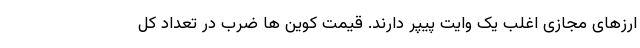
ارزهای مجازی اغلب یک وایت پیپر دارند. قیمت کوین ها ضرب در تعداد کل